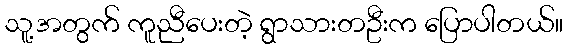
သူ့အတွက် ကူညီပေးတဲ့ ရွာသားတဦးက ပြောပါတယ်။